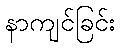
နာကျင်ခြင်း